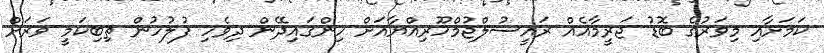
ކަމަށާއި މިވަރުގެ ބޮޑު ޖަރީމާއެއް ރައީސުލްޖުމްހޫރިއްޔާއަށް ހިންގައިދޭން ދިވެހި ފުލުހުން ތިބިކަމީ ވަރަށް